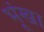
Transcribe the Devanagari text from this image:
भूंखा